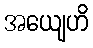
အယျေဟိ